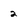
Character: 2